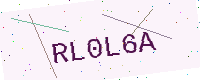
Text: RL0L6A